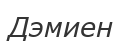
Дэмиен